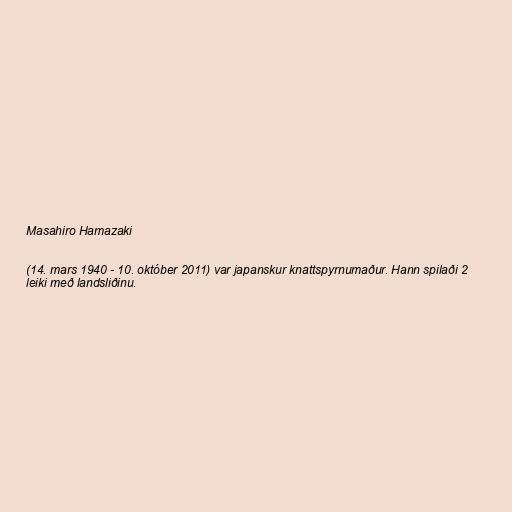
Masahiro Hamazaki

(14. mars 1940 - 10. október 2011) var japanskur knattspyrnumaður. Hann spilaði 2
leiki með landsliðinu.